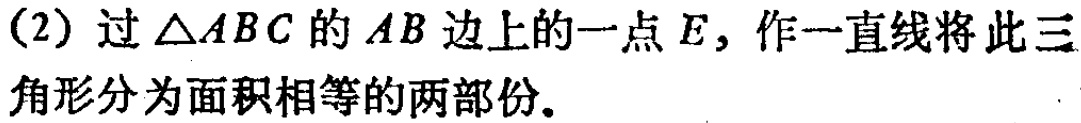
(2) 过\(\triangle ABC\)的\(AB\)边上的一点\(E\)，作一直线将此三角形分为面积相等的两部份。